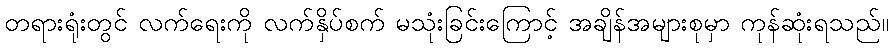
တရားရုံးတွင် လက်ရေးကို လက်နှိပ်စက် မသုံးခြင်းကြောင့် အချိန်အများစုမှာ ကုန်ဆုံးရသည်။